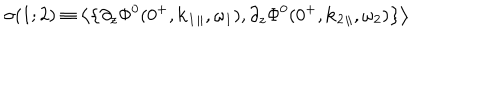
\sigma ( 1 ; 2 ) \equiv \left\langle \left\{ \partial _ { z } \Phi ^ { 0 } ( 0 ^ { + } , { \bf k } _ { 1 } { } _ { \| } , \omega _ { 1 } ) , \partial _ { z } \Phi ^ { 0 } ( 0 ^ { + } , { \bf k } _ { 2 } { } _ { \| } , \omega _ { 2 } ) \right\} \right\rangle